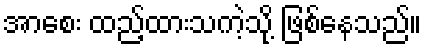
အာစေး ထည့်ထားသကဲ့သို့ ဖြစ်နေသည်။